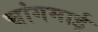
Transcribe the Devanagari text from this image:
चांगमाई